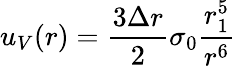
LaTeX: u_{V}(r)=\frac{3\Delta r}{2}\sigma_{0}\frac{r_{1}^{5}}{r^{6}}